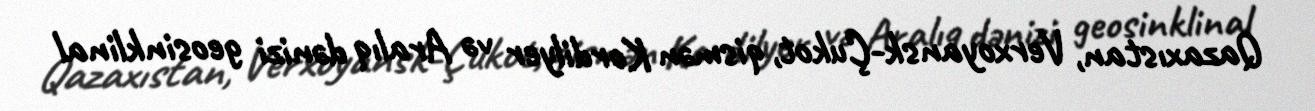
Qazaxıstan, Verxoyansk-Çukot, qismən Kordilyer və Aralıq dənizi geosinklinal